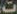
ت